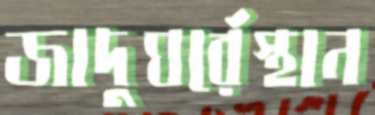
জাদুঘর্রেস্থান